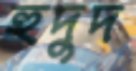
হুদুদ